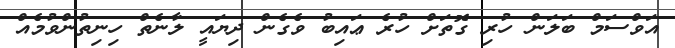
އަވްސަމް ބަލަން ހުރި ގޮތަށް ހުރެ ޢައިބު ވެގެން ދިޔައީ ލާނެތް ހިނިތުންވުމެއް